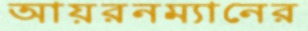
আয়রনম্যানের